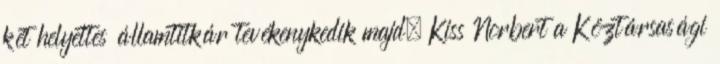
két helyettes államtitkár tevékenykedik majd. Kiss Norbert a Köztársasági